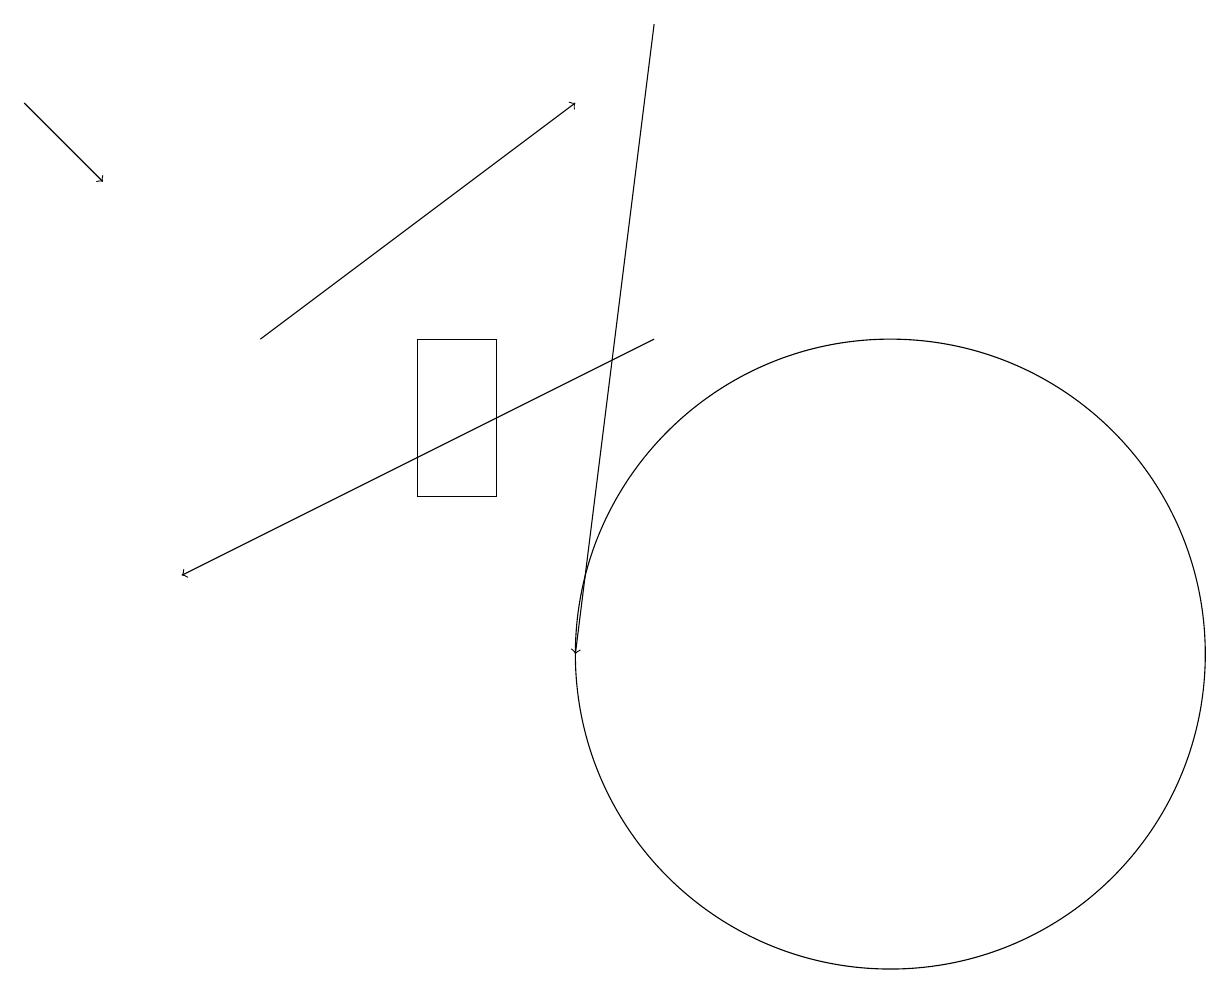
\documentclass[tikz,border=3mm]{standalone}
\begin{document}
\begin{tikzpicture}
\draw (11,11) circle (4);
\draw[->] (0,18) -- (1,17);
\draw[->] (8,19) -- (7,11);
\draw[->] (8,15) -- (2,12);
\draw[->] (3,15) -- (7,18);
\draw (6,13) rectangle (5,15);
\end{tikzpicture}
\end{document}